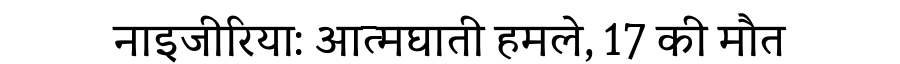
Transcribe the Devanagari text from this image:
नाइजीरिया: आत्मघाती हमले, 17 की मौत